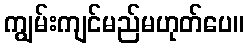
ကျွမ်းကျင်မည်မဟုတ်ပေ။